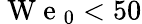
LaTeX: \mathrm{~W~e~}_{0}<50